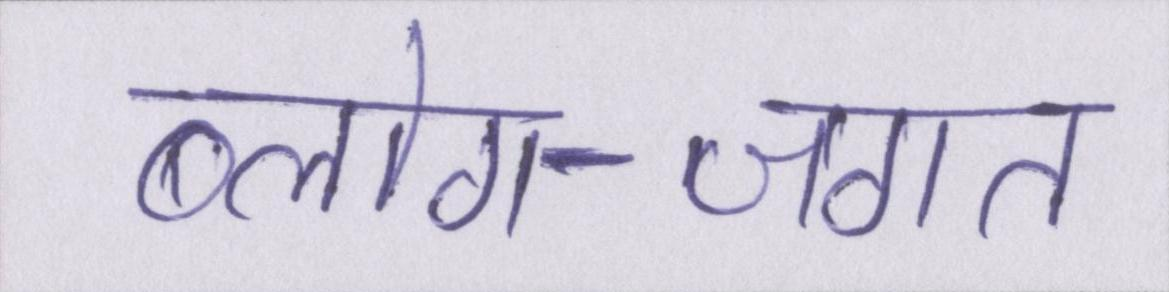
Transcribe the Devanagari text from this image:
ब्लोग-जगत